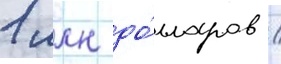
1 млн до́лларов /